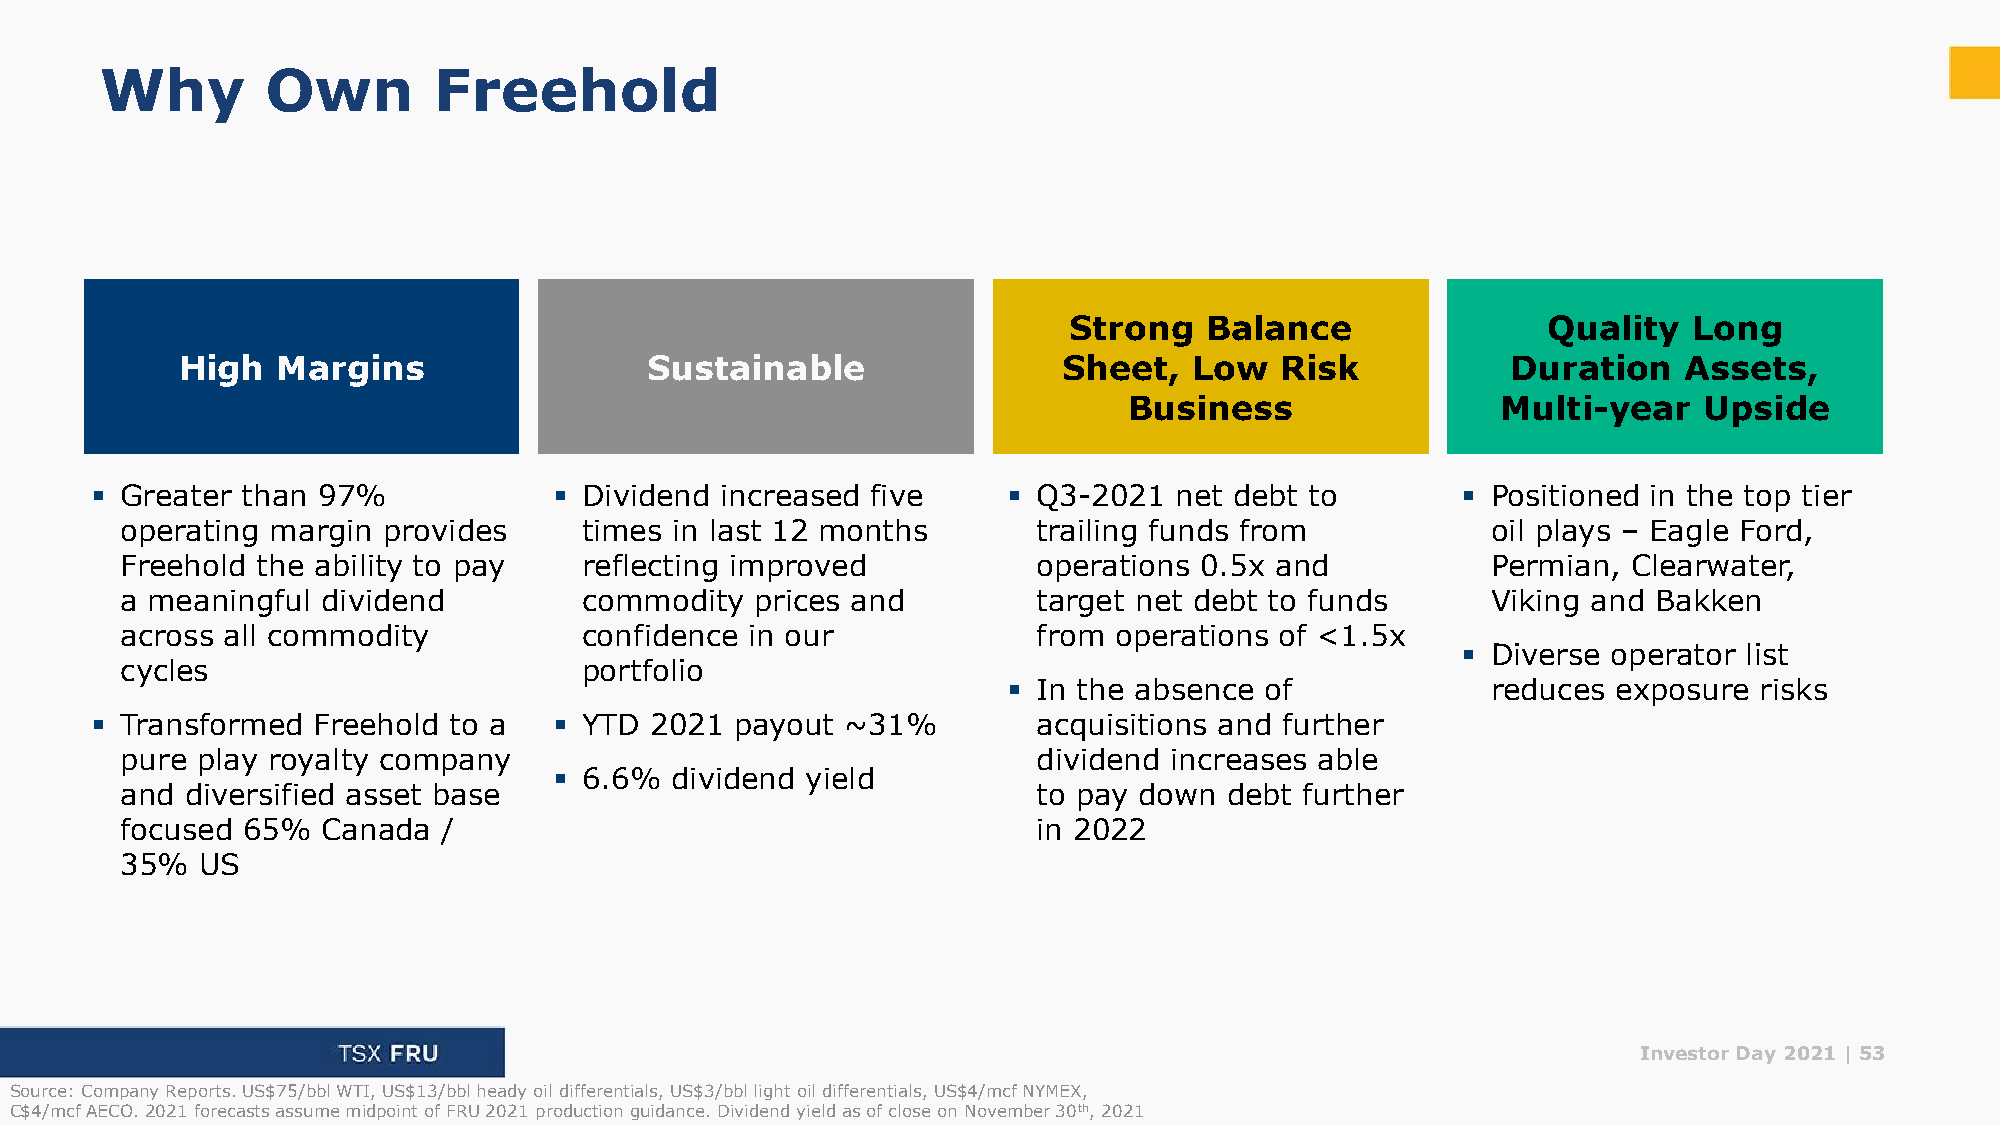
Why        Own        Freehold
 Strong   Balance               Quality   Long
 High  Margins                  Sustainable                Sheet,   Low   Risk           Duration    Assets,
 Business                Multi-year    Upside
 ▪ Greater than 97%             ▪ Dividend increased five     ▪ Q3-2021  net debt to        ▪ Positioned in the top tier
 operating margin provides      times in last 12 months       trailing funds from           oil plays – Eagle Ford,
 Freehold the ability to pay    reflecting improved           operations 0.5x and           Permian, Clearwater,
 a meaningful dividend          commodity  prices and         target net debt to funds      Viking and Bakken
 across all commodity           confidence in our             from operations of <1.5x
 ▪ Diverse operator list
 cycles                         portfolio
 ▪ In the absence of             reduces exposure risks
 ▪ Transformed  Freehold to a   ▪ YTD 2021  payout ~31%         acquisitions and further
 pure play royalty company                                    dividend increases able
 ▪ 6.6% dividend yield
 and diversified asset base                                   to pay down debt further
 focused 65%  Canada  /                                       in 2022
 35%  US
 Investor Day 2021 |53
 Source: Company Reports. US$75/bbl WTI, US$13/bbl heady oil differentials, US$3/bbl light oil differentials, US$4/mcf NYMEX,
 C$4/mcf AECO. 2021 forecasts assume midpoint of FRU 2021 production guidance. Dividend yield as of close on November 30th, 2021